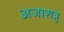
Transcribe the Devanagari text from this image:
अजाशत्रु